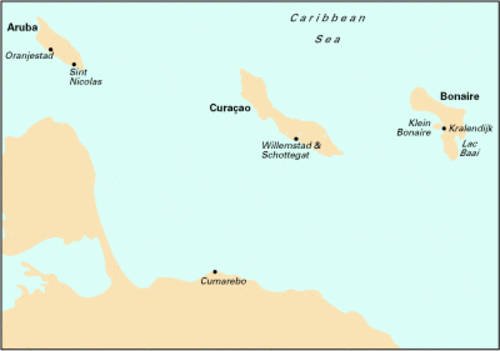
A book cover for Imray Iolaire Chart D23 2007: Bonaire, Curacao and Aruba (Imray D Chart); Imray; Travel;